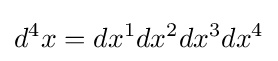
d^{4}x=dx^{1}dx^{2}dx^{3}dx^{4}